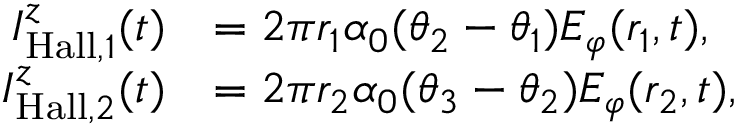
\begin{array} { r l } { I _ { \mathrm { H a l l } , 1 } ^ { z } ( t ) } & { = 2 \pi r _ { 1 } \alpha _ { 0 } ( \theta _ { 2 } - \theta _ { 1 } ) E _ { \varphi } ( r _ { 1 } , t ) , } \\ { I _ { \mathrm { H a l l } , 2 } ^ { z } ( t ) } & { = 2 \pi r _ { 2 } \alpha _ { 0 } ( \theta _ { 3 } - \theta _ { 2 } ) E _ { \varphi } ( r _ { 2 } , t ) , } \end{array}